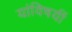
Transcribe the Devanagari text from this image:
यांविषयीं